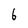
Character: 6